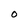
Character: O